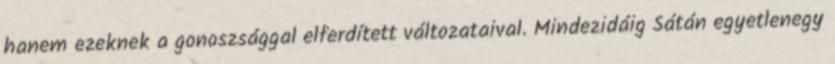
hanem ezeknek a gonoszsággal elferdített változataival. Mindezidáig Sátán egyetlenegy